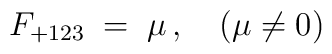
F_{+123} \;=\; \mu\, ,\quad (\mu \neq 0)